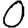
Digit: 0